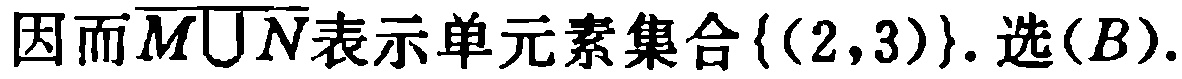
因而\(\overline{M\bigcup N}\)表示单元素集合\(\{(2,3)\}\). 选\((B)\).